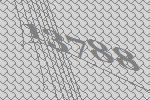
13788